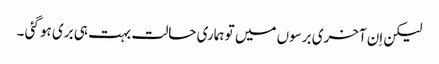
لیکن اِن آخری برسوں میں تو ہماری حالت بہت ہی بری ہو گئی ۔